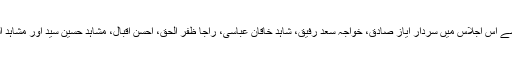
ن لیگ کی جانب سے اس اجلاس میں سردار ایاز صادق، خواجہ سعد رفیق، شاہد خاقان عباسی، راجا ظفر الحق، احسن اقبال، مشاہد حسین سید اور مشاہد اللہ خان شریک ہیں۔